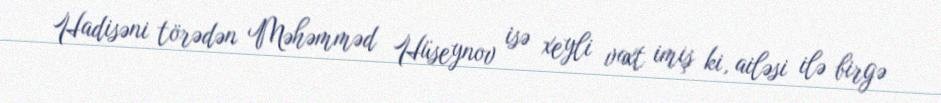
Hadisəni törədən Məhəmməd Hüseynov isə xeyli vaxt imiş ki, ailəsi ilə birgə